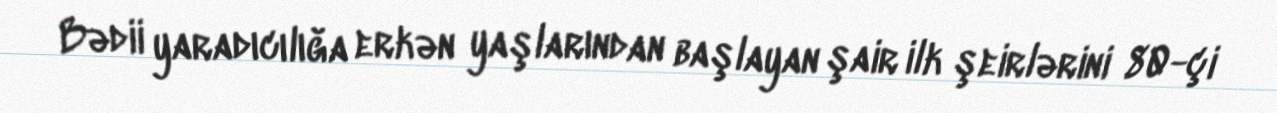
Bədii yaradıcılığa erkən yaşlarından başlayan şair ilk şeirlərini 80-çi